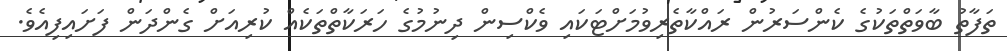
ތަފާތު ބާވަތްތަކުގެ ކެންސަރުން ރައްކާތެރިވުމަށްޓަކައި ވެކްސިން ދިނުމުގެ ހަރަކާތްތަކެއް ކުރިއަށް ގެންދަން ފަށައިފިއެވެ.